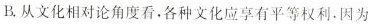
B.从文化相对论角度看,各种文化应享有平等权利，因为